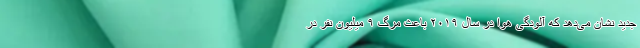
جدید نشان می‌دهد که آلودگی هوا در سال ۲۰۱۹ باعث مرگ ۹ میلیون نفر در